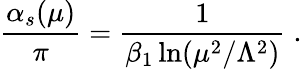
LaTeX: \frac{\alpha_{s}(\mu)}{\pi}=\frac{1}{\beta_{1}\ln(\mu^{2}/\Lambda^{2})}\; .